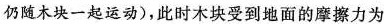
仍随木块一起运动），此时木块受到地面的摩擦力为